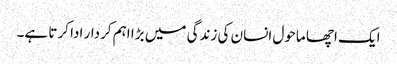
ایک اچھا ماحول انسان کی زندگی میں بڑا اہم کردار ادا کرتا ہے۔